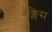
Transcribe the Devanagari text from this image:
बेक्लिंस